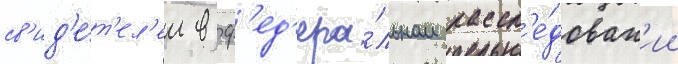
св'ид'е́т'ел'ем в ф'ед'ера́льном рассл'е́дован'ии